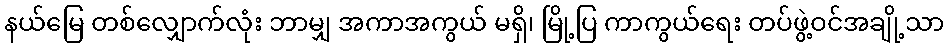
နယ်မြေ တစ်လျှောက်လုံး ဘာမျှ အကာအကွယ် မရှိ၊ မြို့ပြ ကာကွယ်ရေး တပ်ဖွဲ့ဝင်အချို့သာ